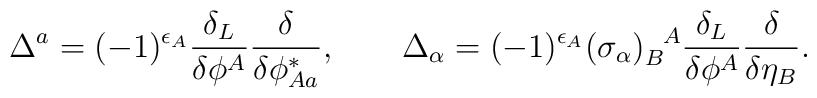
\Delta^a = (-1)^{\epsilon_A}  \frac{\delta_L}{\delta \phi^A}\frac{\delta}{\delta \phi^*_{A a}}, \qquad\Delta_\alpha = (-1)^{\epsilon_A} (\sigma_\alpha)_B^{~~\!A} \frac{\delta_L}{\delta \phi^A}\frac{\delta}{\delta \eta_B}.